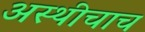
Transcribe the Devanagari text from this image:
अस्थीचाच